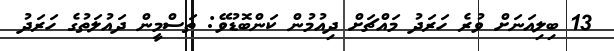
13 ބިލިއަނަށް ވުރެ ހަރަދު މައްޗަށް ދިއުމުން ކަންބޮޑުވޭ: ތަސްމީން ދައުލަތުގެ ހަރަދު